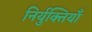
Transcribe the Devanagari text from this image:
निर्युक्तियाँ